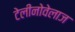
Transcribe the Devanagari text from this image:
टेलीनोवेलाज